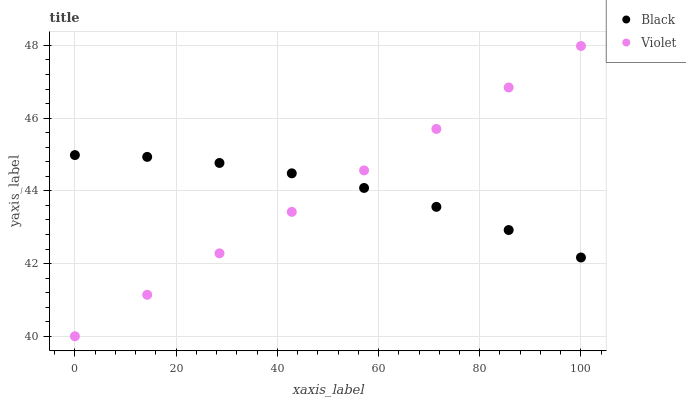
| xaxis_label | Black | Violet |
 | --- | --- | --- |
 | 0 | 45 | 40 |
 | 14.3 | 44.9 | 41.1 |
 | 28.6 | 44.8 | 42.3 |
 | 42.9 | 44.5 | 43.4 |
 | 57.1 | 44.1 | 44.6 |
 | 71.4 | 43.6 | 45.7 |
 | 85.7 | 42.9 | 46.8 |
 | 100 | 42.2 | 48 |